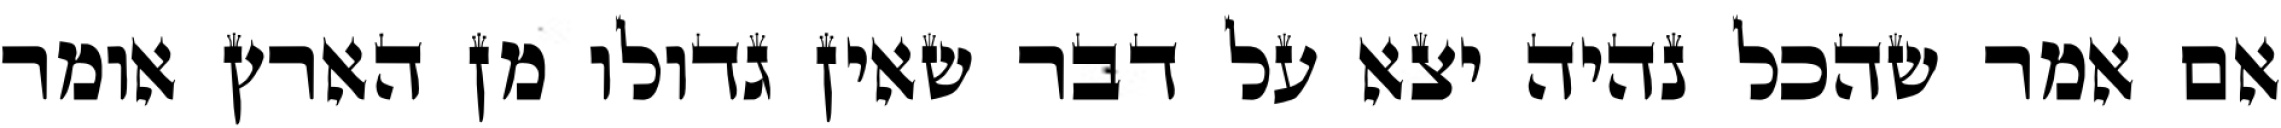
אם אמר שהכל נהיה יצא על דבר שאין גדולו מן הארץ אומר